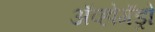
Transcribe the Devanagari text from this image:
अॅव्होगॅड्रो